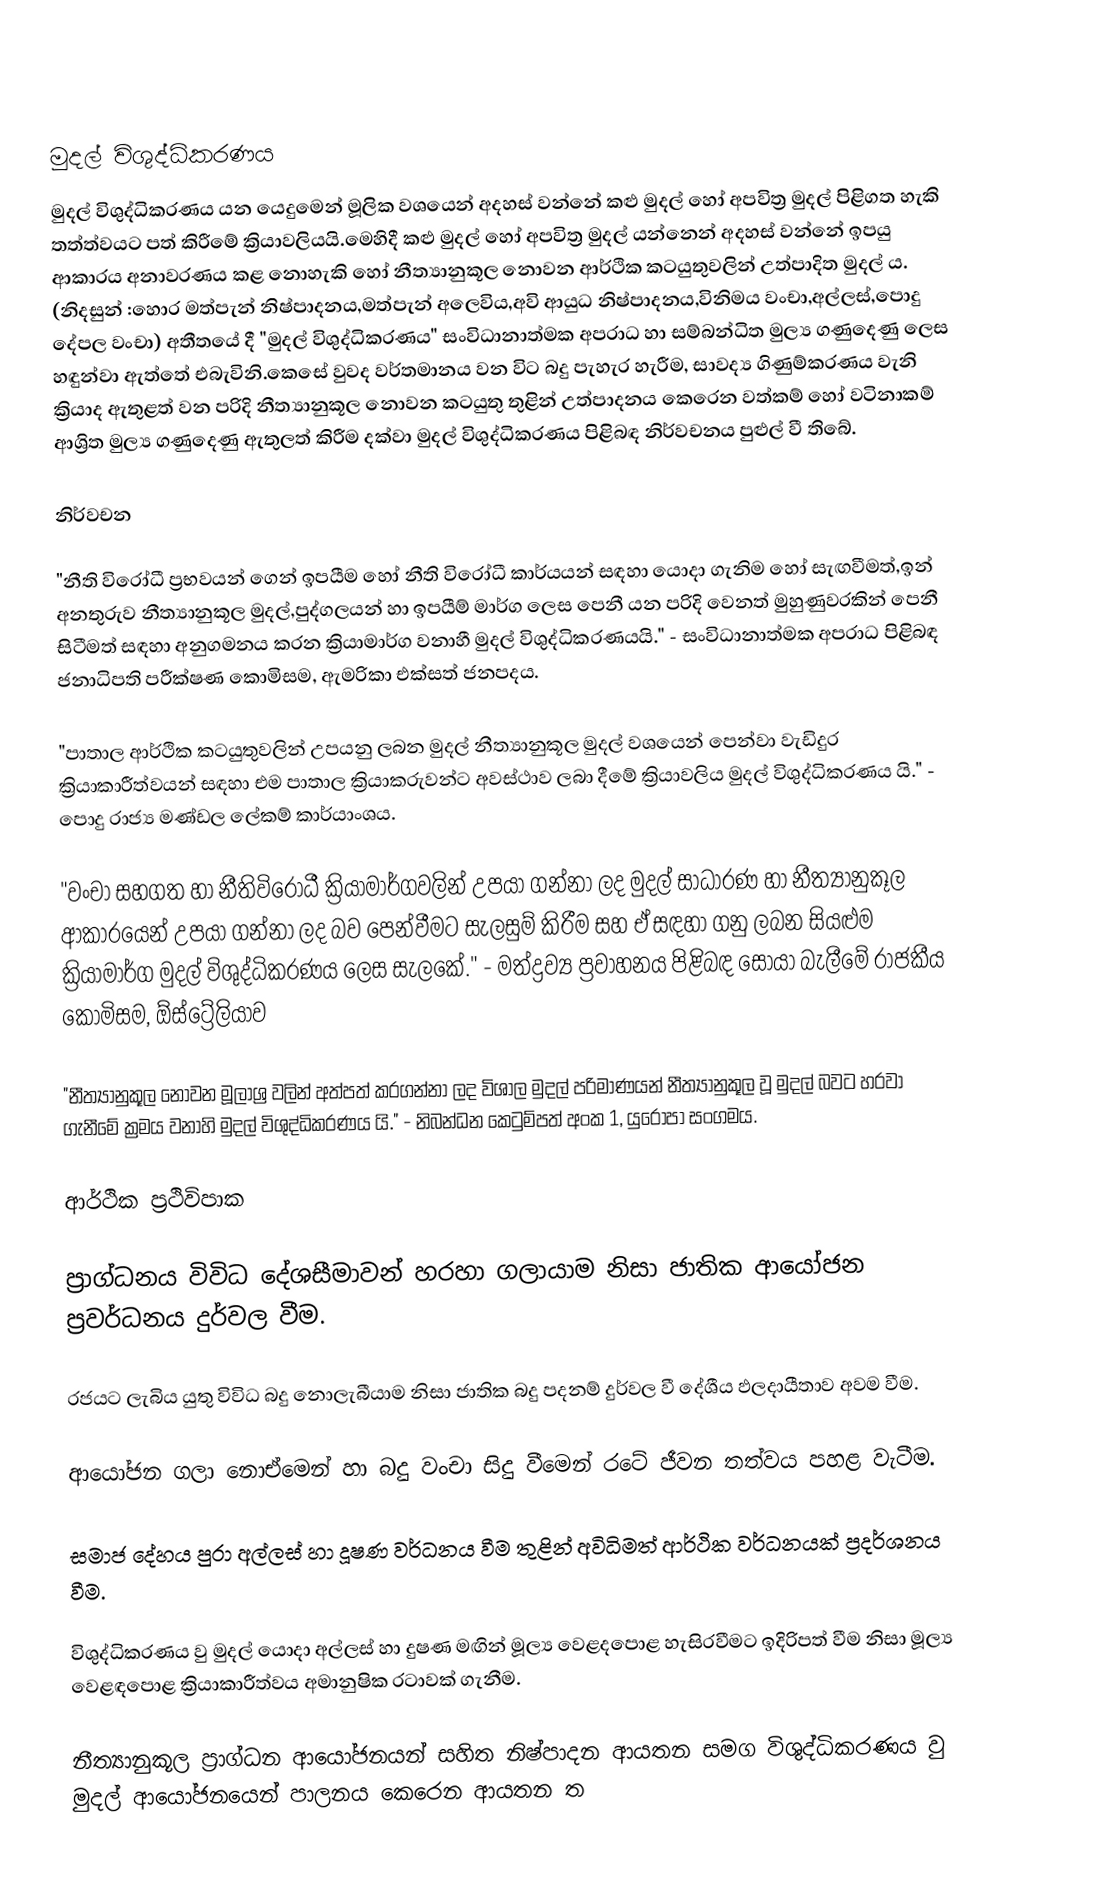

මුදල් විශුද්ධිකරණය
	මුදල් විශුද්ධිකරණය යන යෙදුමෙන් මූලික වශයෙන් අදහස් වන්නේ කළු මුදල් හෝ අපවිත්‍ර මුදල් පිළිගත හැකි තත්ත්වයට පත් කිරීමේ ක්‍රියාවලියයි.මෙහිදී කළු මුදල් හෝ අපවිත්‍ර මුදල් යන්නෙන් අදහස් වන්නේ ඉපයු ආකාරය අනාවරණය කළ ‍නොහැකි හෝ නීත්‍යානුකූල නොවන ආර්ථික කටයුතුවලින් උත්පාදිත මුදල් ය. (නිදසුන් :හොර මත්පැන් නිෂ්පාදනය,මත්පැන් අලෙවිය,අවි ආයුධ නිෂ්පාදනය,විනිමය වංචා,අල්ලස්,පොදු දේපල වංචා) අතීතයේ දී "මුදල් විශුද්ධිකරණය" සංවිධානාත්මක අපරාධ හා සම්බන්ධිත මුල්‍ය ගණුදෙණු ලෙස හඳුන්වා ඇත්තේ එබැවිනි.කෙසේ වුවද වර්තමානය වන විට බදු පැහැර හැරීම, සාවද්‍ය ගිණුම්කරණය වැනි ක්‍රියාද ඇතුළත් වන පරිදි නීත්‍යානුකූල නොවන කටයුතු තුළින් උත්පාදනය කෙරෙන වත්කම් හෝ වටිනාකම් ආශ්‍රිත මුල්‍ය ගණුදෙණු ඇතුලත් කිරීම දක්වා මුදල් විශුද්ධිකරණය පිළිබඳ නිර්වචනය පුළුල් වී තිබේ.

නිර්වචන

 "නීති විරෝධී ප්‍රභවයන් ගෙන් ඉපයීම හෝ නීති විරෝධී කාර්යයන් සඳහා යොදා ගැනිම හෝ සැඟවීමත්,ඉන් අනතුරුව නීත්‍යානුකූල මුදල්,පුද්ගලයන් හා ඉපයීම් මාර්ග ලෙස පෙනී යන පරිදි වෙනත් මුහුණුවරකින් පෙනී සිටීමත් සඳහා අනුගමනය කරන ක්‍රියාමාර්ග වනාහී මුදල් විශුද්ධිකරණයයි."  - සංවිධානාත්මක අපරාධ පිළිබඳ ජනාධිපති පරීක්ෂණ කොමිසම, ඇමරිකා එක්සත් ජනපදය.

 "පාතාල ආර්ථික කටයුතුවලින් උපයනු ලබන මුදල් නීත්‍යානුකූල මුදල් වශයෙන් පෙන්වා වැඩිදුර ක්‍රියාකාරීත්වයන් සඳහා එම පාතාල ක්‍රියාකරුවන්ට අවස්ථාව ලබා දීමේ ක්‍රියාවලිය මුදල් විශුද්ධිකරණය යි." - පොදු රාජ්‍ය මණ්ඩල ලේකම් කාර්යාංශය.

 "වංචා සහගත හා නීතිවිරෝධී ක්‍රියාමාර්ගවලින් උපයා ගන්නා ලද මුදල් සාධාරණ හා නීත්‍යානුකූල ආකාරයෙන් උපයා ගන්නා ලද බව පෙන්වීමට සැලසුම් කිරීම සහ ඒ සඳහා ගනු ලබන සියළුම ක්‍රියාමාර්ග මුදල් විශුද්ධිකරණය ලෙස සැලකේ." - මත්ද්‍රව්‍ය ප්‍රවාහනය පිළිබඳ සොයා බැලීමේ රාජකීය කොමිසම, ඕස්ට්‍රේලියාව

 "නීත්‍යානුකූල නොවන මූලාශ්‍ර වලින් අත්පත් කරගන්නා ලද විශාල මුදල් පරිමාණයන් නීත්‍යානුකූල වූ මුදල් බවට හරවා ගැනීමේ ක්‍රමය වනාහි මුදල් විශුද්ධිකරණය යි." - නිබන්ධන කෙටුම්පත් අංක 1, යුරෝපා සංගමය.

ආර්ථික ප්‍රථිවිපාක

 ප්‍රාග්ධනය විවිධ දේශසීමාවන් හරහා ගලායාම නිසා ජාතික ආයෝජන  ප්‍රවර්ධනය දුර්වල වීම.

 රජයට ලැබිය යුතු විවිධ බදු නොලැබීයාම නිසා ජාතික බදු පදනම් දුර්වල වී දේශීය ඵලදායීතාව අවම වීම.

 ආයෝජන ගලා නොඒමෙන්  හා බදු වංචා සිදු වීමෙන් රටේ ජීවන තත්වය පහළ වැටීම.

 සමාජ දේහය පුරා අල්ලස් හා දූෂණ වර්ධනය වීම තුළින් අවිධිමත් ආර්ථික වර්ධනයක් ප්‍රදර්ශනය වීම.

 විශුද්ධිකරණය වු මුදල් යොදා අල්ලස් හා දුෂණ මඟින් මූල්‍ය වෙළද‍පොළ හැසිරවීමට ඉදිරිපත් වීම නිසා මූල්‍ය වෙළඳපොළ ක්‍රියාකාරීත්වය අමානුෂික රටාවක් ගැනීම.

 නීත්‍යානුකූල ප්‍රාග්ධන ආයෝජනයන් සහිත නිෂ්පාදන ආයතන සමග  විශුද්ධිකරණය වු මුදල් ආයෝජනයෙන් පාලනය කෙරෙන ආයතන ත